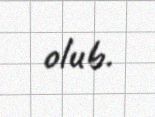
olub.